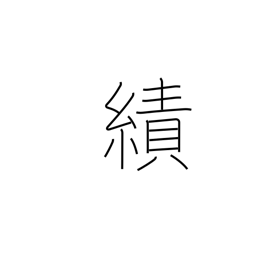
Meaning: exploits